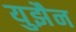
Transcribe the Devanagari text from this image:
युझैन